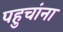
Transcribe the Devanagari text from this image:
पहुचांना